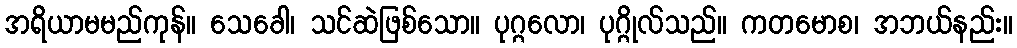
အရိယာမမည်ကုန်။ သေခေါ၊ သင်ဆဲဖြစ်သော။ ပုဂ္ဂလော၊ ပုဂ္ဂိုလ်သည်။ ကတမောစ၊ အဘယ်နည်း။